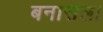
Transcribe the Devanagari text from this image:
बनासला